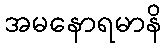
အမနောရမာနိ